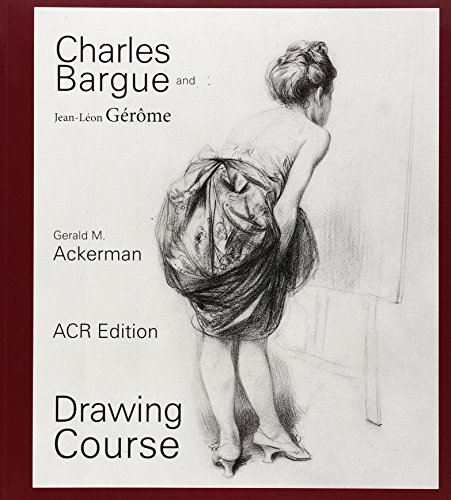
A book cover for Charles Bargue and Jean-LÃ©on GÃ©rÃ´me; Gerald Ackerman; Arts & Photography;